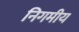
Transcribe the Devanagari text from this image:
निगमीय